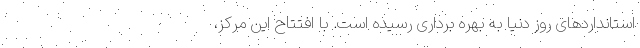
استانداردهای روز دنیا به بهره برداری رسیده است. با افتتاح این مرکز،